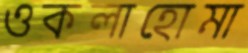
ওকলাহোমা